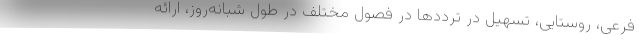
فرعی، روستایی، تسهیل در ترددها در فصول مختلف در طول شبانه‌روز، ارائه